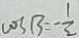
\cos B = - \frac { 1 } { 2 }